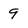
Character: 9